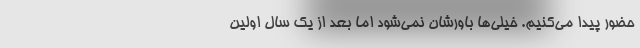
حضور پیدا می‌کنیم. خیلی‌ها باورشان نمی‌شود اما بعد از یک سال اولین